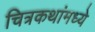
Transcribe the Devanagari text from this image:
चित्रकथांमध्ये